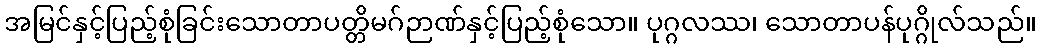
အမြင်နှင့်ပြည့်စုံခြင်းသောတာပတ္တိမဂ်ဉာဏ်နှင့်ပြည့်စုံသော။ ပုဂ္ဂလဿ၊ သောတာပန်ပုဂ္ဂိုလ်သည်။